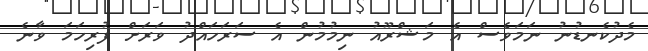
މެދުކެނޑުނު ނަމަވެސް އެ މަޝްރޫއު ނިމުމުން އެ ސަރަހައްދު ވަރަށް ފުރިހަމަ ވާނެ